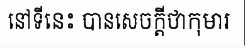
នៅទីនេះ បានសេចក្តីថាកុមារ